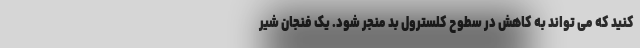
کنید که می تواند به کاهش در سطوح کلسترول بد منجر شود. یک فنجان شیر